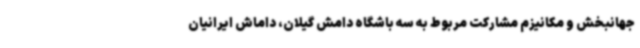
جهانبخش و مکانیزم مشارکت مربوط به سه باشگاه دامش گیلان، داماش ایرانیان